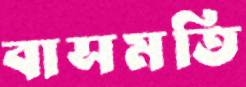
বাসমতি